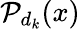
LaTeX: \mathcal{P}_{d_{k}}(x)